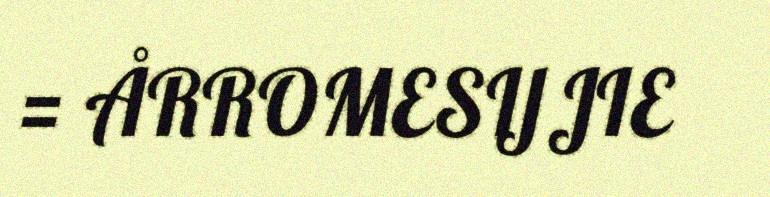
= ÅRROMESIJJIE